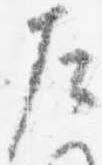
左